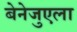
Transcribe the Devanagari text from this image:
बेनेजुएला